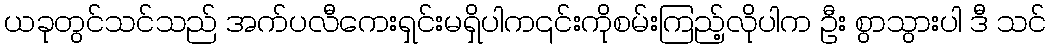
ယခုတွင်သင်သည် အက်ပလီကေးရှင်းမရှိပါက၎င်းကိုစမ်းကြည့်လိုပါက ဦး စွာသွားပါ ဒီ သင်